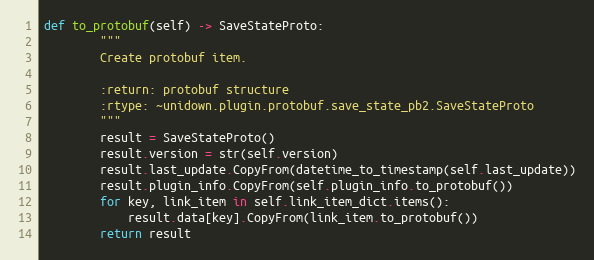
Language: Python
def to_protobuf(self) -> SaveStateProto:
        """
        Create protobuf item.

        :return: protobuf structure
        :rtype: ~unidown.plugin.protobuf.save_state_pb2.SaveStateProto
        """
        result = SaveStateProto()
        result.version = str(self.version)
        result.last_update.CopyFrom(datetime_to_timestamp(self.last_update))
        result.plugin_info.CopyFrom(self.plugin_info.to_protobuf())
        for key, link_item in self.link_item_dict.items():
            result.data[key].CopyFrom(link_item.to_protobuf())
        return result